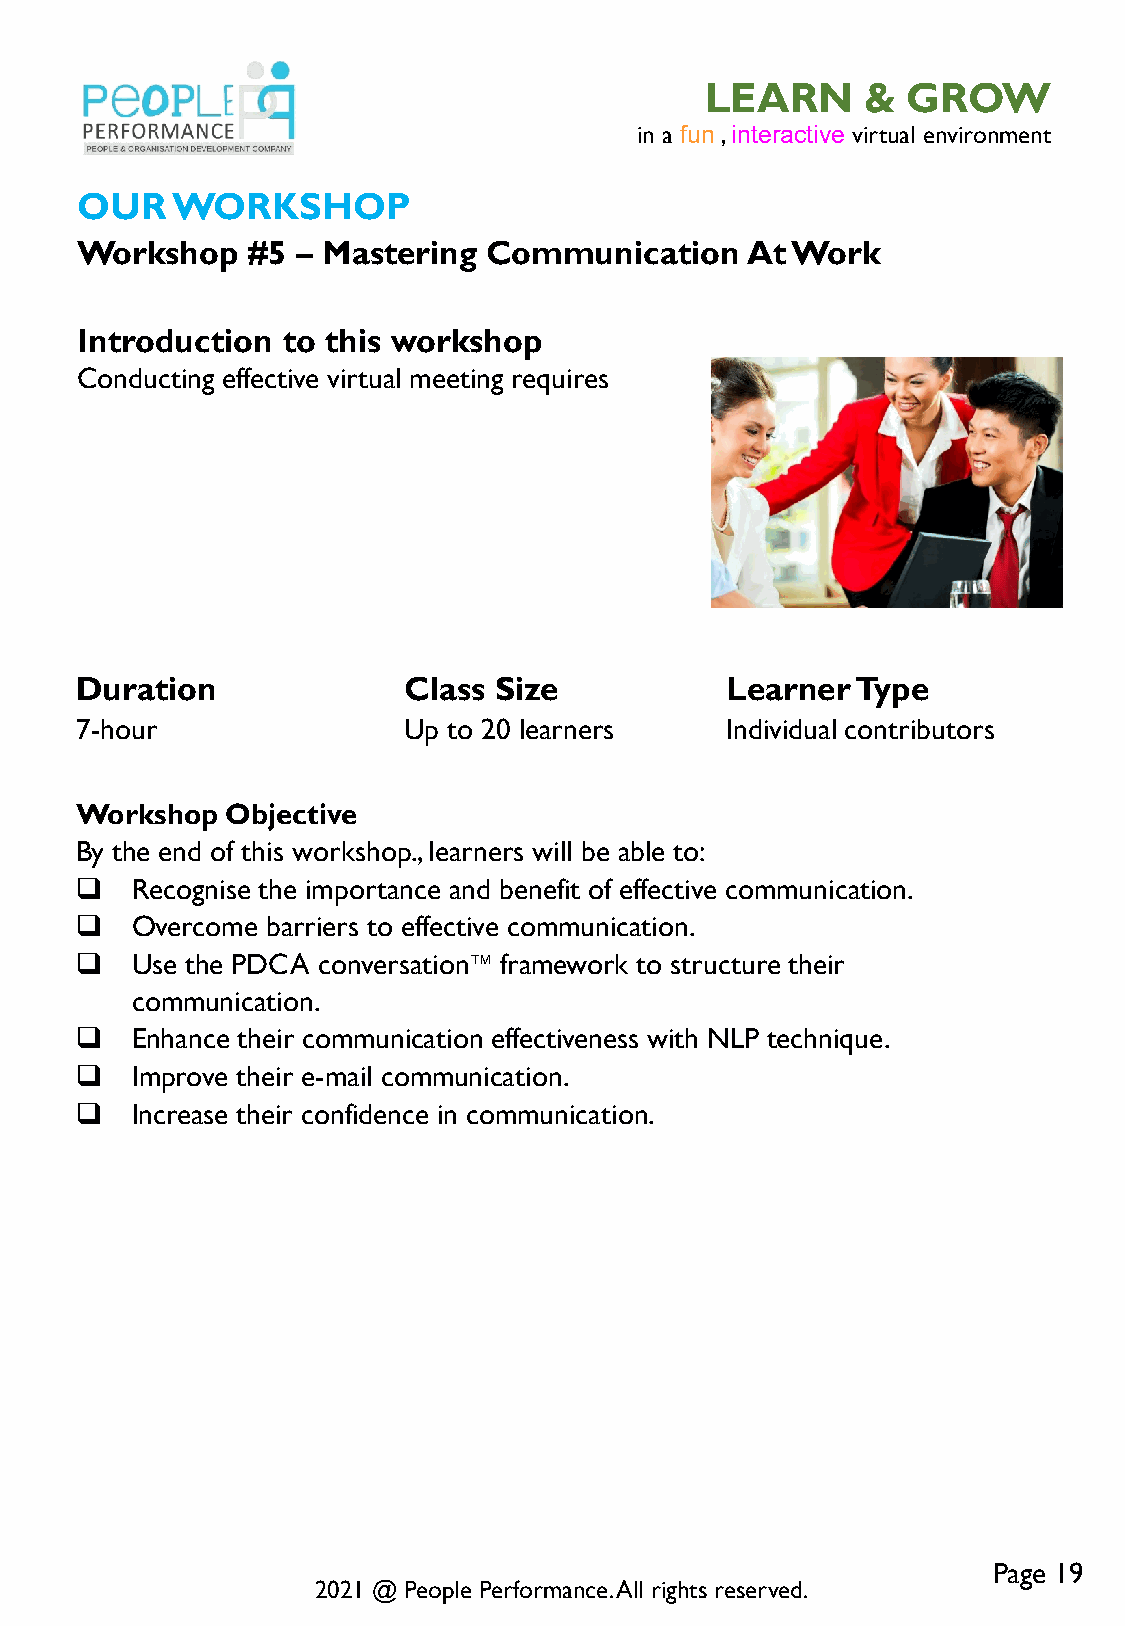
LEARN     &  GROW
 in a fun , interactive virtual environment
 OUR   WORKSHOP
 Workshop   #5  – Mastering Communication    At Work
 Introduction  to this workshop
 Conducting effective virtual meeting requires
 Duration              Class Size           Learner  Type
 7-hour                Up to 20 learners    Individual contributors
 Workshop  Objective
 By the end of this workshop., learners will be able to:
    Recognise the importance and benefit of effective communication.
    Overcome barriers to effective communication.
    Use the PDCA conversation™ framework to structure their
 communication.
    Enhance their communication effectiveness with NLP technique.
    Improve their e-mail communication.
    Increase their confidence in communication.
 Page 19
 2021 @ People Performance. All rights reserved.